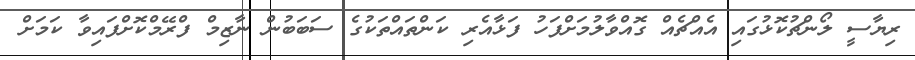
ރިޔާސީ ލޯންޗުކޮޅުގައި އެއްޗެއް ގޮއްވާލުމަށްފަހު ފަޅާއެރި ކަންތައްތަކުގެ ސަބަބުން ނާޒިމް ފްރޭމްކޮށްފައިވާ ކަމަށް